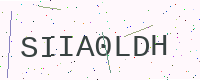
Text: SIIA0LDH